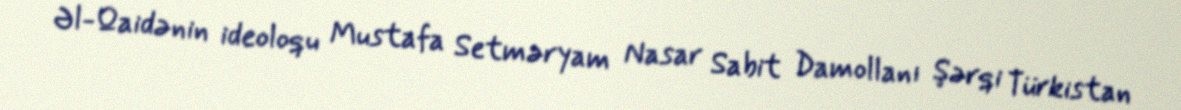
Əl-Qaidənin ideoloqu Mustafa Setməryam Nasar Sabit Damollanı Şərqi Türkistan